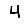
Digit: 4